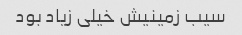
سیب زمینیش خیلی زیاد بود